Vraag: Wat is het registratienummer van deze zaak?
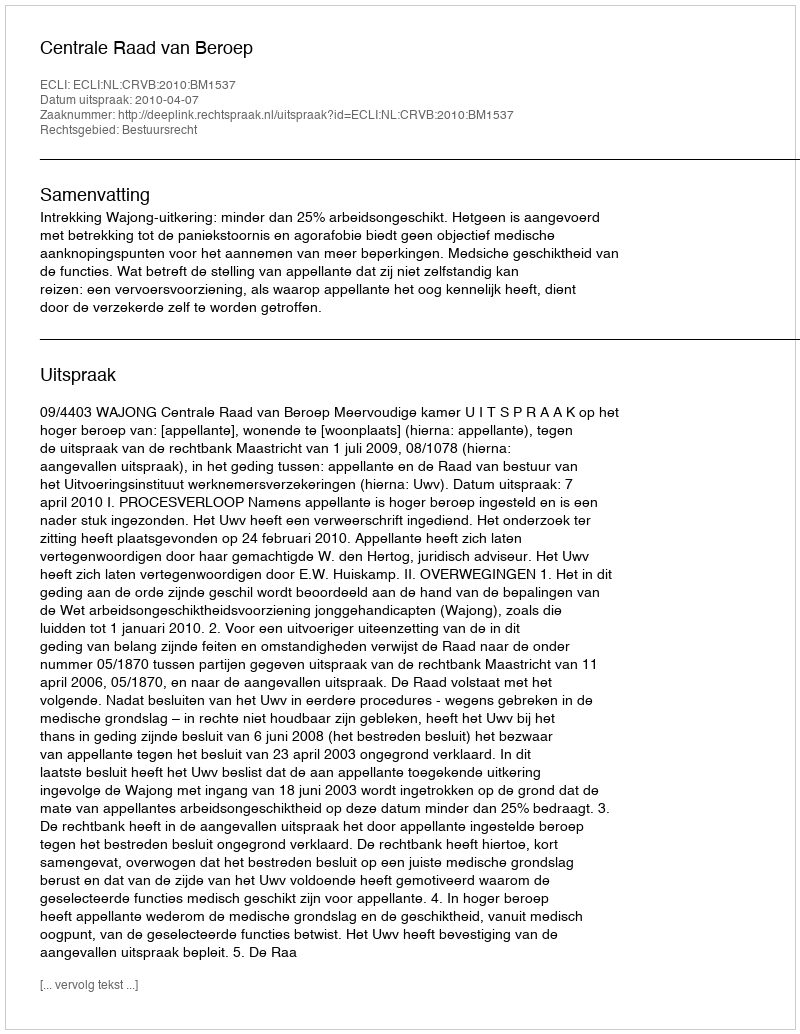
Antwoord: http://deeplink.rechtspraak.nl/uitspraak?id=ECLI:NL:CRVB:2010:BM1537